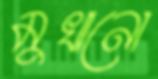
মুখানো